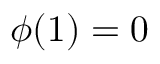
\phi ( 1 ) = 0